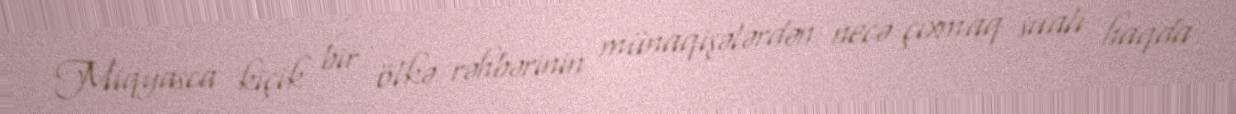
Miqyasca kiçik bir ölkə rəhbərinin münaqişələrdən necə çıxmaq sualı haqda